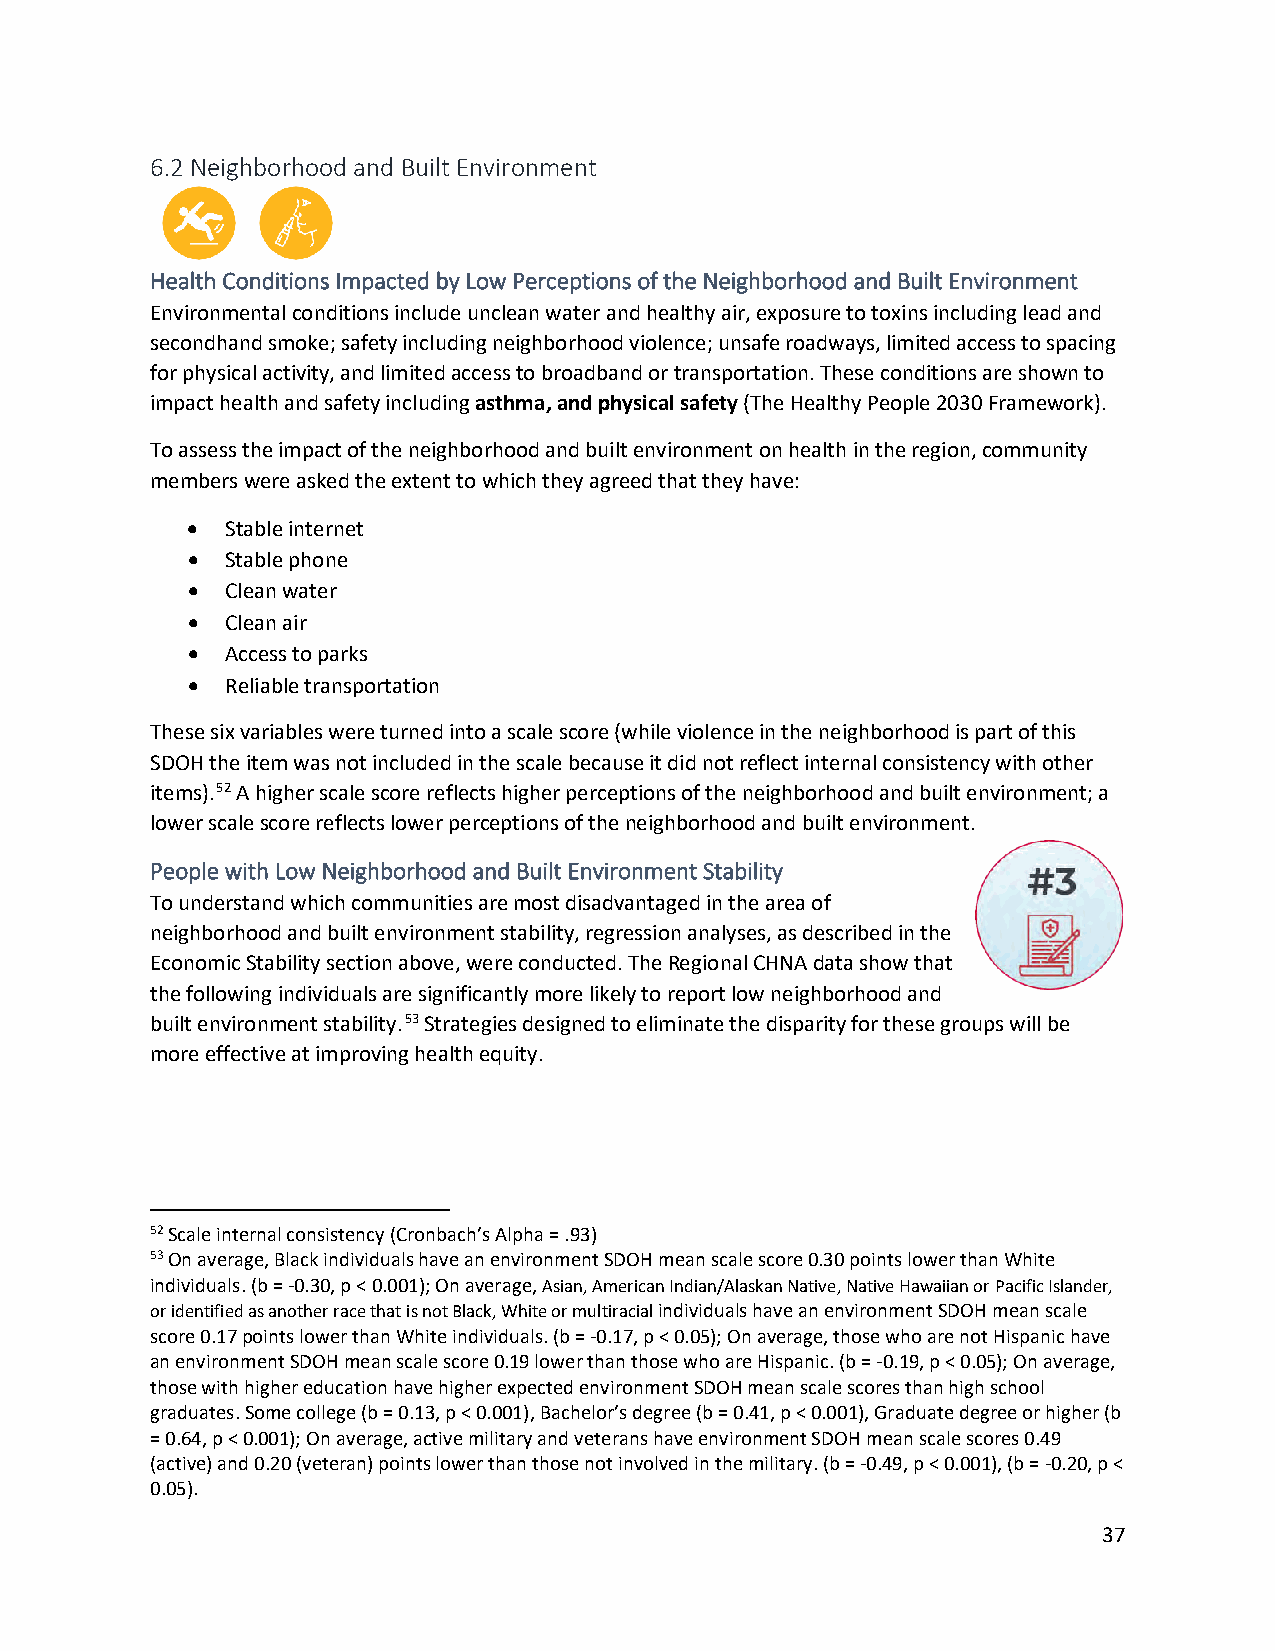
6.2 Neighborhood and Built Environment
 Health Conditions Impacted by Low Perceptions of the Neighborhood and Built Environment
 Environmental conditions include unclean water and healthy air, exposure to toxins including lead and
 secondhand smoke; safety including neighborhood violence; unsafe roadways, limited access to spacing
 for physical activity, and limited access to broadband or transportation. These conditions are shown to
 impact health and safety including asthma, and physical safety (The Healthy People 2030 Framework).
 To assess the impact of the neighborhood and built environment on health in the region, community
 members were asked the extent to which they agreed that they have:
 •  Stable internet
 •  Stable phone
 •  Clean water
 •  Clean air
 •  Access to parks
 •  Reliable transportation
 These six variables were turned into a scale score (while violence in the neighborhood is part of this
 SDOH the item was not included in the scale because it did not reflect internal consistency with other
 items).52 A higher scale score reflects higher perceptions of the neighborhood and built environment; a
 lower scale score reflects lower perceptions of the neighborhood and built environment.
 People with Low Neighborhood and Built Environment Stability
 To understand which communities are most disadvantaged in the area of
 neighborhood and built environment stability, regression analyses, as described in the
 Economic Stability section above, were conducted. The Regional CHNA data show that
 the following individuals are significantly more likely to report low neighborhood and
 built environment stability.53 Strategies designed to eliminate the disparity for these groups will be
 more effective at improving health equity.
 52 Scale internal consistency (Cronbach’s Alpha = .93)
 53 On average, Black individuals have an environment SDOH mean scale score 0.30 points lower than White
 individuals. (b = -0.30, p < 0.001); On average, Asian, American Indian/Alaskan Native, Native Hawaiian or Pacific Islander,
 or identified as another race that is not Black, White or multiracial individuals have an environment SDOH mean scale
 score 0.17 points lower than White individuals. (b = -0.17, p < 0.05); On average, those who are not Hispanic have
 an environment SDOH mean scale score 0.19 lower than those who are Hispanic. (b = -0.19, p < 0.05); On average,
 those with higher education have higher expected environment SDOH mean scale scores than high school
 graduates. Some college (b = 0.13, p < 0.001), Bachelor’s degree (b = 0.41, p < 0.001), Graduate degree or higher (b
 = 0.64, p < 0.001); On average, active military and veterans have environment SDOH mean scale scores 0.49
 (active) and 0.20 (veteran) points lower than those not involved in the military. (b = -0.49, p < 0.001), (b = -0.20, p <
 0.05).
 37